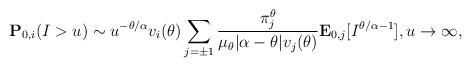
LaTeX: \begin{align*}\mathbf{P}_{0,i}(I>u)\sim u^{-\theta/\alpha} v_i(\theta)\sum_{j=\pm1} \frac{\pi_j^\theta}{\mu_{\theta}|\alpha-\theta|v_j(\theta)}\mathbf{E}_{0,j} [I^{\theta/\alpha-1} ], u\to\infty,\end{align*}